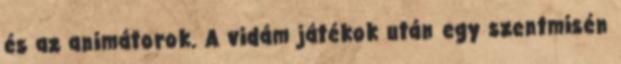
és az animátorok. A vidám játékok után egy szentmisén